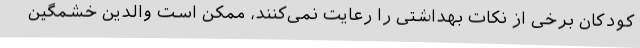
کودکان برخی از نکات بهداشتی را رعایت نمی‌کنند، ممکن است والدین خشمگین